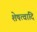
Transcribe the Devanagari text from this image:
शेषत्वादि